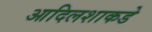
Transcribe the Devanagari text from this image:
आदिलशाकडे